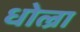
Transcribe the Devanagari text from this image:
धोल्रा